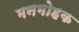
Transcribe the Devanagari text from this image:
मनमोहक